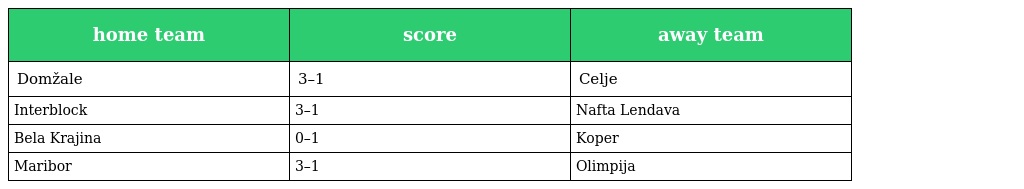
| home team | score | away team |
 | --- | --- | --- |
 | Domžale | 3–1 | Celje |
 | Interblock | 3–1 | Nafta Lendava |
 | Bela Krajina | 0–1 | Koper |
 | Maribor | 3–1 | Olimpija |